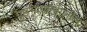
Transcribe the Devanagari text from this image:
पृ़ष्ठभागाखालील